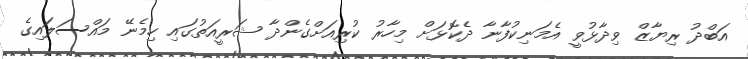
އަބްދު ރިޔާޒް ވިދާޅުވީ އެމަނިކުފާނާ ދެކޮޅަށް މިހާރު ކުރިއަށްގެންދާ ޝަރީއަތުގައި ހިމެނޭ މައްސަލައިގެ